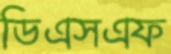
ডিএসএফ